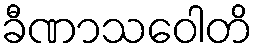
ခီဏာသဝေါတိ